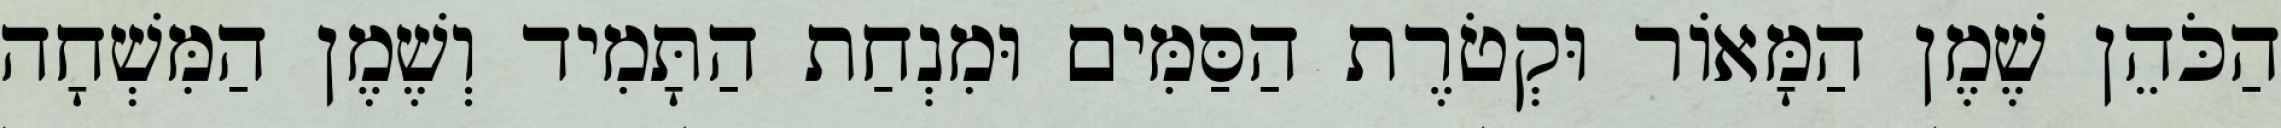
הַכֹּהֵן שֶׁמֶן הַמָּאוֹר וּקְטֹרֶת הַסַּמִּים וּמִנְחַת הַתָּמִיד וְשֶׁמֶן הַמִּשְׁחָה